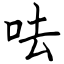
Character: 呿